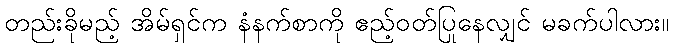
တည်းခိုမည့် အိမ်ရှင်က နံနက်စာကို ဧည့်ဝတ်ပြုနေလျှင် မခက်ပါလား။